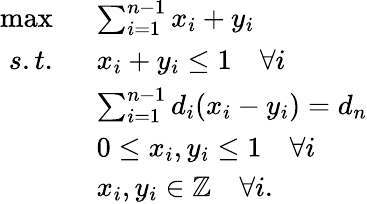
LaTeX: \begin{array}{rl}{\operatorname*{max}\; \; }&{\sum_{i=1}^{n-1}x_{i}+y_{i}}\\ {s.t.\; \; }&{x_{i}+y_{i}\leq 1\quad\forall i}\\ &{\sum_{i=1}^{n-1}d_{i}(x_{i}-y_{i})=d_{n}}\\ &{0\leq x_{i},y_{i}\leq 1\quad\forall i}\\ &{x_{i},y_{i}\in\mathbb{Z}\quad\forall i.}\end{array}